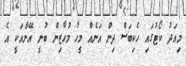
މިއަދު ކޯޓުގައި ހެކިބަސް ދިން އަނެއް މީހާ މުހާޒިން ބުނީ އޭނާއަކީ އެ